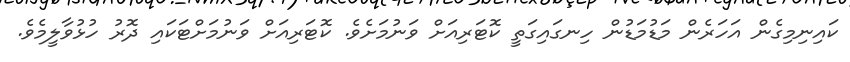
ކައިނިމިގެން އަހަރެން މަޑުމަޑުން ހިނގައިގަތީ ކޮޓަރިއަށް ވަނުމަށެވެ. ކޮޓަރިއަށް ވަނުމަށްޓަކައި ދޮރު ހުޅުވާލީމެވެ.